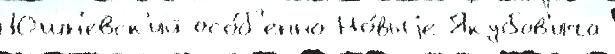
Юшн'евск'ий осо́б'енно Но́выjе Якубов'ича